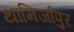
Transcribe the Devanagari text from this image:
थामिर्जापुर